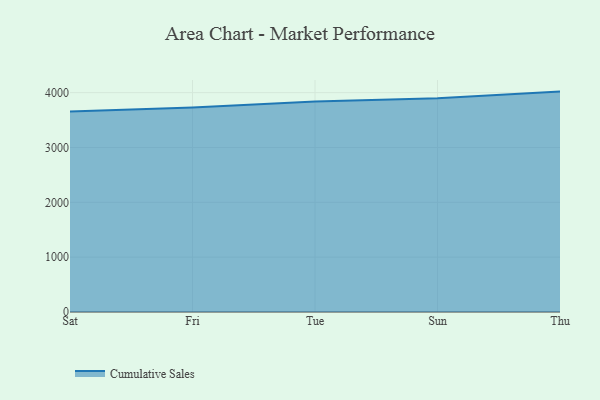
{"axis": {"x": "Day", "y": "Bounce Rate (%)"}, "legend": ["Cumulative Sales"], "data": [{"x": "Sat", "y": 3656.9, "type": "Cumulative Sales"}, {"x": "Fri", "y": 3729.1, "type": "Cumulative Sales"}, {"x": "Tue", "y": 3838.6, "type": "Cumulative Sales"}, {"x": "Sun", "y": 3897.7, "type": "Cumulative Sales"}, {"x": "Thu", "y": 4019.2, "type": "Cumulative Sales"}]}